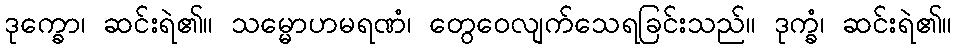
ဒုက္ခော၊ ဆင်းရဲ၏။ သမ္မောဟမရဏံ၊ တွေဝေလျက်သေရခြင်းသည်။ ဒုက္ခံ၊ ဆင်းရဲ၏။